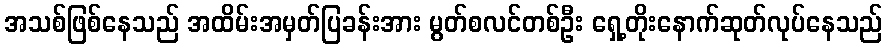
အသစ်ဖြစ်နေသည် အထိမ်းအမှတ်ပြခန်းအား မွတ်စလင်တစ်ဦး ရှေ့တိုးနောက်ဆုတ်လုပ်နေသည်